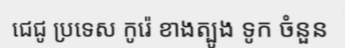
ជេជូ ប្រទេស កូរ៉េ ខាងត្បូង ទូក ចំនួន